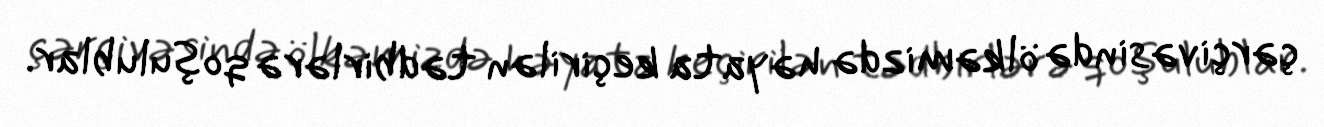
çərçivəsində ölkəmizdə həyata keçirilən tədbirlərə qoşulublar.